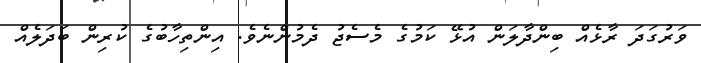
ވަރުގަދަ ރާޅެއް ބިންދާލަން އުޅޭ ކަމުގެ މެސެޖު ދެމުންނެވެ. އިންތިހާބުގެ ކުރިން ބަދަލެއް